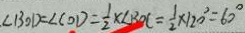
. \angle B O D = \angle C O D = \frac { 1 } { 2 } \times \angle B O C = \frac { 1 } { 2 } \times 1 2 0 ^ { \circ } = 6 0 ^ { \circ }